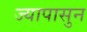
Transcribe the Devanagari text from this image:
ज्यापासुन